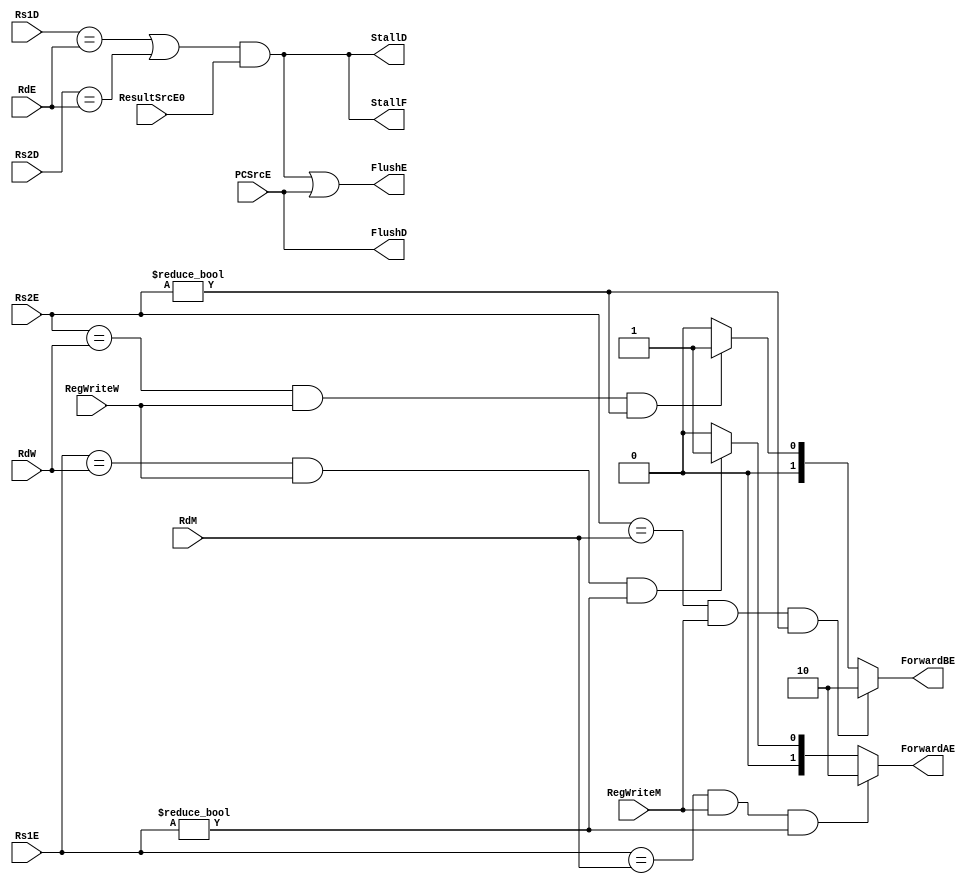
module Hazard_Unit(Rs1D, Rs2D, Rs1E, Rs2E, RdE, PCSrcE, ResultSrcE0, RdM, RdW, RegWriteM, RegWriteW, StallF, StallD, FlushD, FlushE, ForwardAE, ForwardBE);
    input ResultSrcE0, RegWriteM, RegWriteW, PCSrcE;
    input [4:0] Rs1D, Rs2D, Rs1E, Rs2E, RdE, RdM, RdW;
    output StallF, StallD, FlushD, FlushE;
    output reg [1:0] ForwardAE, ForwardBE;
    reg LWStall;
    assign StallD = LWStall;
    assign StallF = LWStall;
    assign FlushD = PCSrcE;
    assign FlushE = LWStall | PCSrcE;
    always @(Rs1D, Rs2D, Rs1E, Rs2E, RdE, ResultSrcE0, RdM, RdW, RegWriteM, RegWriteW) begin
        if (Rs1E == RdM && RegWriteM && Rs1E != 0)
            ForwardAE = 2'b10;
        else if (Rs1E == RdW && RegWriteW && Rs1E != 0)
            ForwardAE = 2'b01;
        else
            ForwardAE = 2'b00;
        if (Rs2E == RdM && RegWriteM && Rs2E != 0)
            ForwardBE = 2'b10;
        else if (Rs2E == RdW && RegWriteW && Rs2E != 0)
            ForwardBE = 2'b01;
        else
            ForwardBE = 2'b00;
        LWStall = ((Rs1D == RdE) | (Rs2D == RdE)) & ResultSrcE0;
    end


endmodule